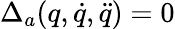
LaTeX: \Delta_{a}(q,\dot{q},\ddot{q})=0